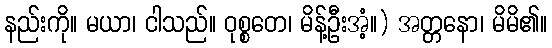
နည်းကို။ မယာ၊ ငါသည်။ ဝုစ္စတေ၊ မိန့်ဦးအံ့။) အတ္တနော၊ မိမိ၏။